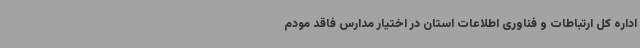
اداره کل ارتباطات و فناوری اطلاعات استان در اختیار مدارس فاقد مودم